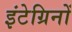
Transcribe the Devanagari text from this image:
इंटेग्रिनों